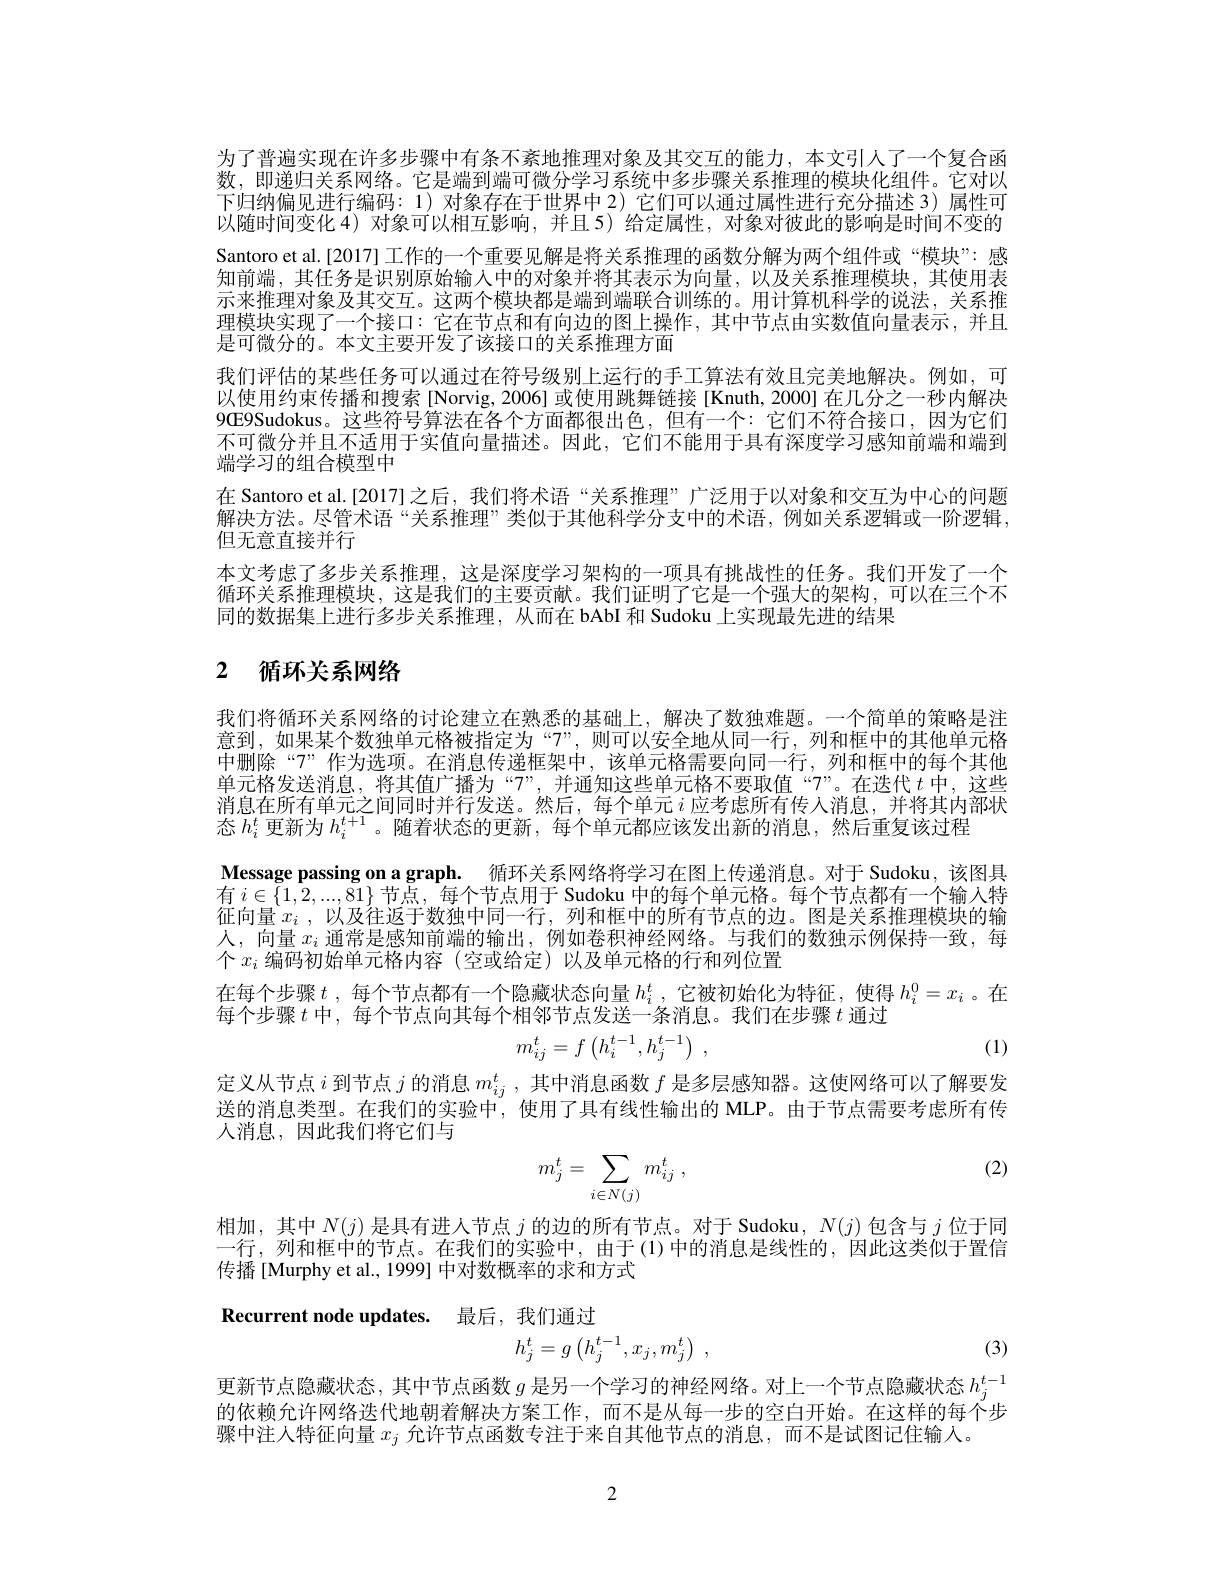
为了普遍实现在许多步骤中有条不紊地推理对象及其交互的能力，本文引人了一个复合函数，即递归关系网络。它是端到端可微分学习系统中多步骤关系推理的模块化组件。它对以下归纳偏见进行编码：1)对象存在于世界中 2) 它们可以通过属性进行充分描述 3)属性可以随时间变化 4) 对象可以相互影响，并且 5) 给定属性，对象对彼此的影响是时间不变的Santoro et al.[2017]工作的一个重要见解是将关系推理的函数分解为两个组件或“模块”:感知前端，其任务是识别原始输入中的对象并将其表示为向量，以及关系推理模块，其使用表示来推理对象及其交互。这两个模块都是端到端联合训练的。用计算机科学的说法，关系推理模块实现了一个接口：它在节点和有向边的图上操作，其中节点由实数值向量表示，并且是可微分的。本文主要开发了该接口的关系推理方面
我们评估的某些任务可以通过在符号级别上运行的手工算法有效且完美地解决。例如，可以使用约束传播和搜索[Norvig, 2006] 或使用跳舞链接[Knuth, 2000] 在几分之一秒内解决9G9Sudokus。这些符号算法在各个方面都很出色，但有一个：它们不符合接口，因为它们不可微分并且不适用于实值向量描述。因此，它们不能用于具有深度学习感知前端和端到端学习的组合模型中
在 Santoro et al.[2017]之后，我们将术语“关系推理”广泛用于以对象和交互为中心的问题解决方法。尽管术语“关系推理”类似于其他科学分支中的术语，例如关系逻辑或一阶逻辑， 但无意直接并行
本文考虑了多步关系推理，这是深度学习架构的一项具有挑战性的任务。我们开发了一个循环关系推理模块，这是我们的主要贡献。我们证明了它是一个强大的架构，可以在三个不同的数据集上进行多步关系推理，从而在 bAbI 和 Sudoku 上实现最先进的结果

# 2 循环关系网络

我们将循环关系网络的讨论建立在熟悉的基础上，解决了数独难题。一个简单的策略是注意到，如果某个数独单元格被指定为“7”,则可以安全地从同一行，列和框中的其他单元格中删除“7”作为选项。在消息传递框架中，该单元格需要向同一行，列和框中的每个其他单元格发送消息，将其值广播为“7”,并通知这些单元格不要取值“7”。在迭代$t$中，这些消息在所有单元之间同时并行发送。然后，每个单元$i$应考虑所有传人消息，并将其内部状态$h_i^t$更新为$h_i^{t+1}$ 。随着状态的更新，每个单元都应该发出新的消息，然后重复该过程
Message passing on a graph. 循环关系网络将学习在图上传递消息。对于 Sudoku,该图具有$i\in\{1,2,...,81\}$节点，每个节点用于 Sudoku 中的每个单元格。每个节点都有一个输入特征向量$x_i$,以及往返于数独中同一行，列和框中的所有节点的边。图是关系推理模块的输人，向量$x_i$通常是感知前端的输出，例如卷积神经网络。与我们的数独示例保持一致，每个$x_i$编码初始单元格内容 (空或给定)以及单元格的行和列位置
在每个步骤$t$ ,每个节点都有一个隐藏状态向量 $h_i^t$ ,它被初始化为特征，使得 $h_i^0=x_i$ 。在
每个步骤$t$中，每个节点向其每个相邻节点发送一条消息。我们在步骤$t$通过
$$m_{ij}^t=f\left(h_i^{t-1},h_j^{t-1}\right)\:,$$
(1)

定义从节点$i$到节点$j$的消息$m_ij^t$,其中消息函数$f$是多层感知器。这使网络可以了解要发送的消息类型。在我们的实验中，使用了具有线性输出的 MLP。由于节点需要考虑所有传人消息，因此我们将它们与

(2)
$$m_j^t=\sum_{i\in N(j)}m_{ij}^t\:,$$
相加，其中$N(j)$是具有进入节点$j$的边的所有节点。对于 Sudoku, $N(j)$包含与$j$位于同一行，列和框中的节点。在我们的实验中，由于(1)中的消息是线性的，因此这类似于置信传播[Murphy et al., 1999] 中对数概率的求和方式

Recurrent node updates. 最后，我们通过
$$h_j^t=g\begin{pmatrix}h_j^{t-1},x_j,m_j^t\end{pmatrix}\:,$$
(3)

更新节点隐藏状态，其中节点函数$g$是另一个学习的神经网络。对上一个节点隐藏状态$h_j^{t-1}$ 的依赖允许网络迭代地朝着解决方案工作，而不是从每一步的空白开始。在这样的每个步骤中注入特征向量$x_j$允许节点函数专注于来自其他节点的消息，而不是试图记住输入。

2